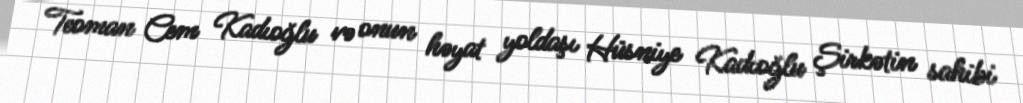
Teoman Cem Kadıoğlu və onun həyat yoldaşı Hüsniye Kadıoğlu Şirkətin sahibi